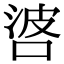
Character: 𠴸